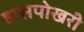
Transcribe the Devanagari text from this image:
हासपोखरी